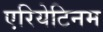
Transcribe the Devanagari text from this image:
एरियेटिनम